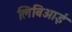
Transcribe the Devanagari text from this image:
लिबिआई